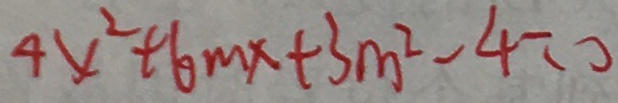
4 x ^ { 2 } + 6 m x + 3 m ^ { 2 } - 4 = 0